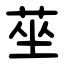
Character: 莝